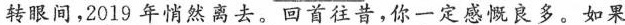
转眼间，2019年悄然离去。回首往昔，你一定感慨良多。如果